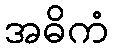
အဓိကံ